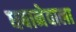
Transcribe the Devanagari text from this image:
धबानेवाला